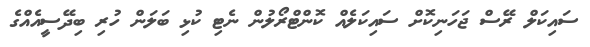
ސައިކަލް ރޭސް ޖަހަނިކޮށް ސައިކަލެއް ކޮންޓްރޯލުން ނެޓި ކުޅި ބަލަން ހުރި ބިދޭސީއެއްގެ